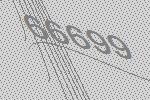
66699